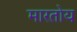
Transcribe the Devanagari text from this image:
मारतोय